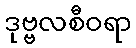
ဒုဗ္ဗလစီဝရာ